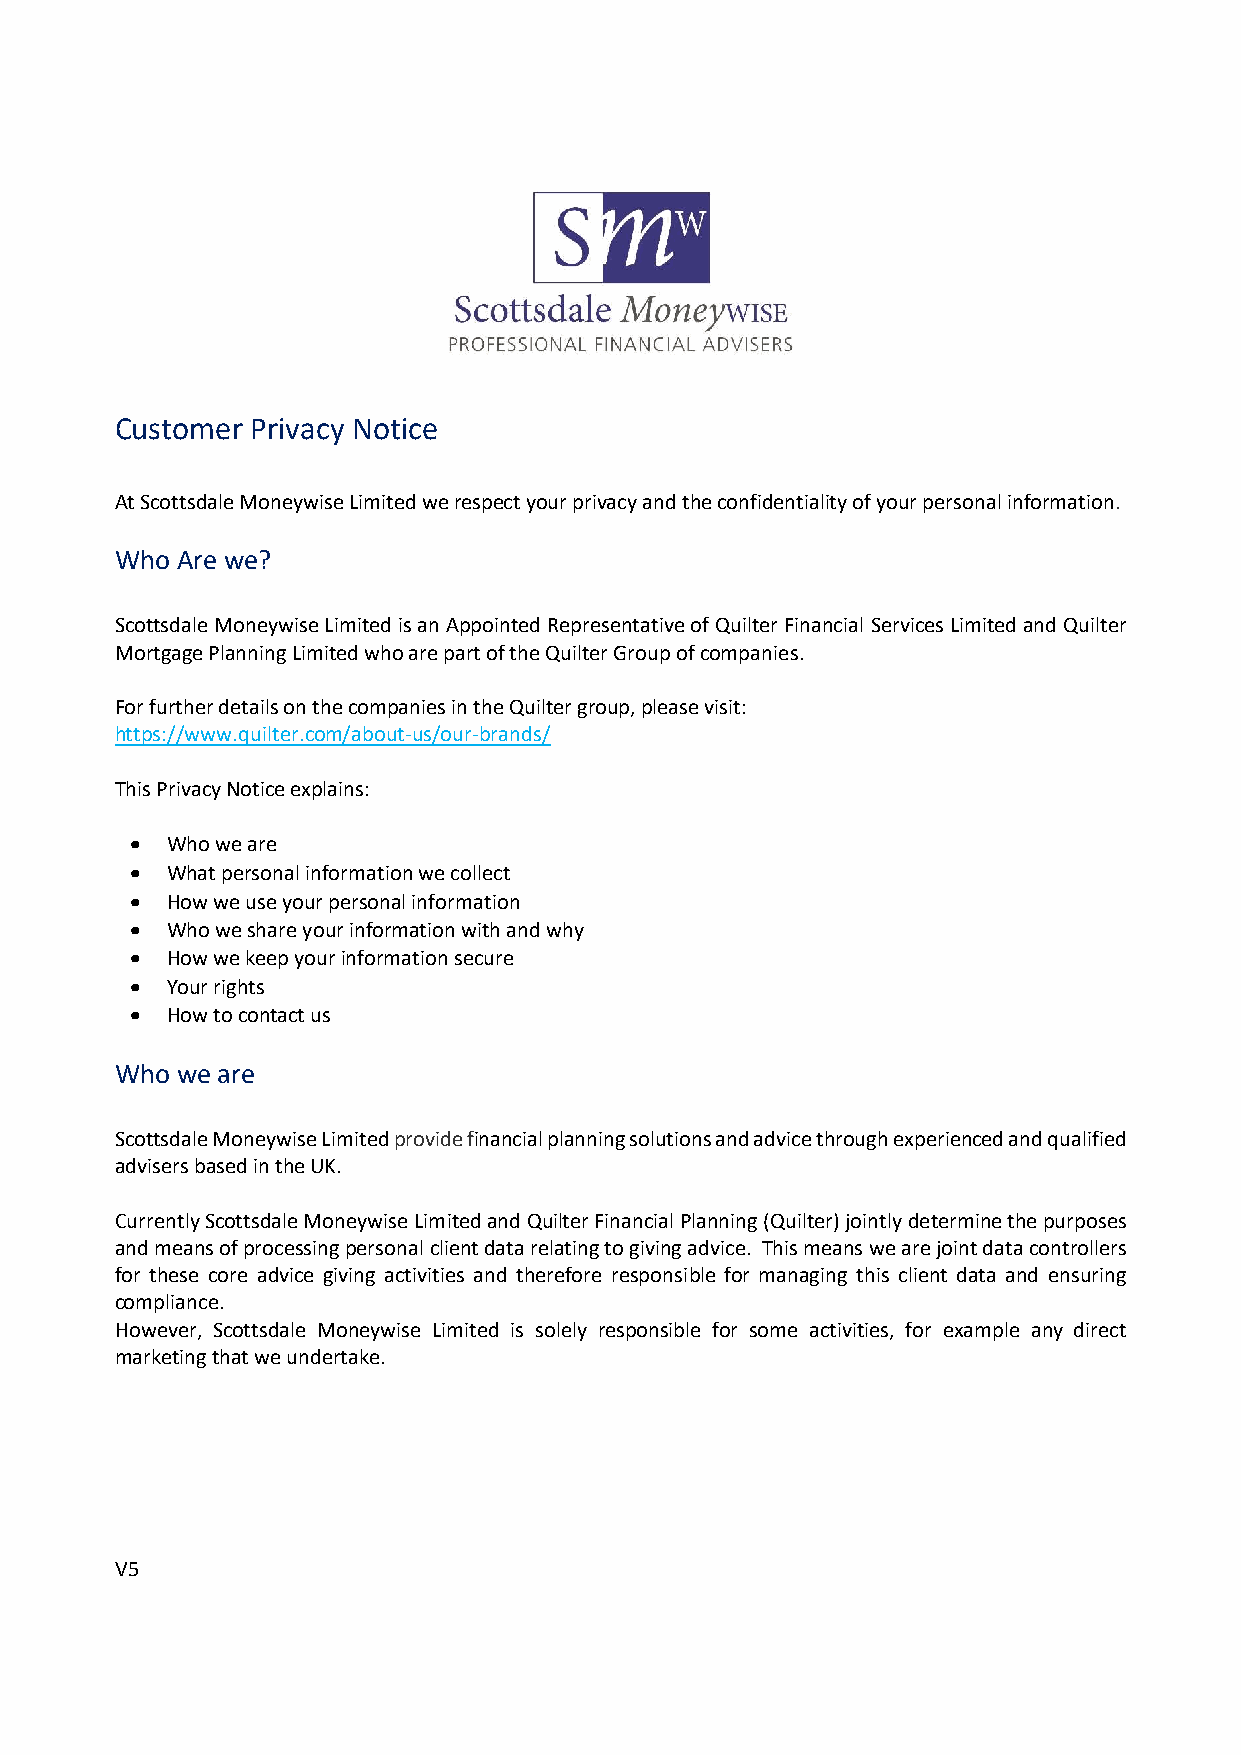
Customer Privacy Notice
 At Scottsdale Moneywise Limited we respect your privacy and the confidentiality of your personal information.
 Who Are we?
 Scottsdale Moneywise Limited is an Appointed Representative of Quilter Financial Services Limited and Quilter
 Mortgage Planning Limited who are part of the Quilter Group of companies.
 For further details on the companies in the Quilter group, please visit:
 https://www.quilter.com/about-us/our-brands/
 This Privacy Notice explains:
  Who we are
  What personal information we collect
  How we use your personal information
  Who we share your information with and why
  How we keep your information secure
  Your rights
  How to contact us
 Who we are
 Scottsdale Moneywise Limited provide financial planning solutions and advice through experienced and qualified
 advisers based in the UK.
 Currently Scottsdale Moneywise Limited and Quilter Financial Planning (Quilter) jointly determine the purposes
 and means of processing personal client data relating to giving advice. This means we are joint data controllers
 for these core advice giving activities and therefore responsible for managing this client data and ensuring
 compliance.
 However, Scottsdale Moneywise Limited is solely responsible for some activities, for example any direct
 marketing that we undertake.
 V5